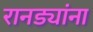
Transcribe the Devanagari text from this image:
रानड्यांना